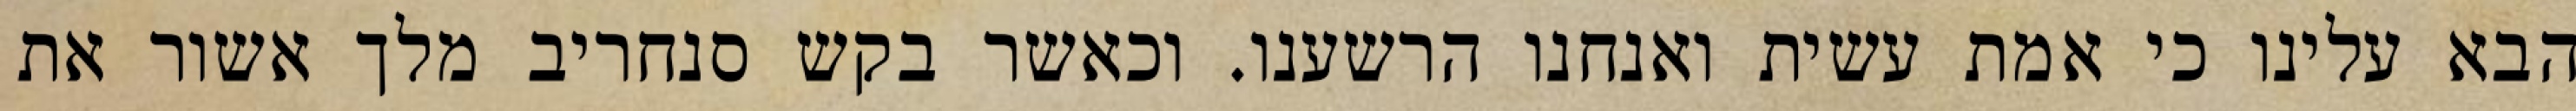
הבא עלינו כי אמת עשית ואנחנו הרשענו. וכאשר בקש סנחריב מלך אשור את